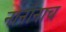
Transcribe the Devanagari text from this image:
नानांनाच